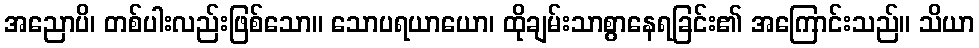
အညောပိ၊ တစ်ပါးလည်းဖြစ်သော။ သောပရယာယော၊ ထိုချမ်းသာစွာနေရခြင်း၏ အကြောင်းသည်။ သိယာ